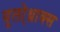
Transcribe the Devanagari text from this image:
युलो्थ्राक्स